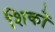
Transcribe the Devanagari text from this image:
शिकों